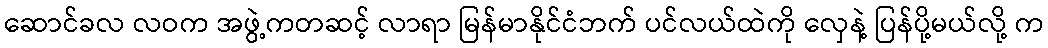
ဆောင်ခလ လဝက အဖွဲ့ကတဆင့် လာရာ မြန်မာနိုင်ငံဘက် ပင်လယ်ထဲကို လှေနဲ့ ပြန်ပို့မယ်လို့ က